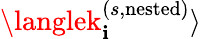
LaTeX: \langlek_{\mathbf{i}}^{(s,\mathrm{{nested}})}\rangle